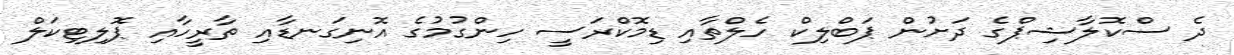
ދެ ސްކޮލާޝިޕްގެ ދަށުން ޕަބްލިކް ހެލްތާއި ޑިމޮކްރަސީ ހިންގުމުގެ އޮނިގަނޑާއި ތާރީހާއި ޕޮލިޓިކަލް